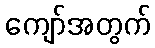
ကျော်အတွက်